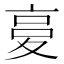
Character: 𡕨